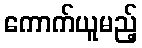
ကောက်ယူမည့်